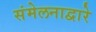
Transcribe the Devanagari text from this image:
संमेलनाद्वारे